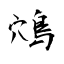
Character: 鴪